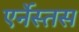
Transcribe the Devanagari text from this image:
एर्नेस्तस